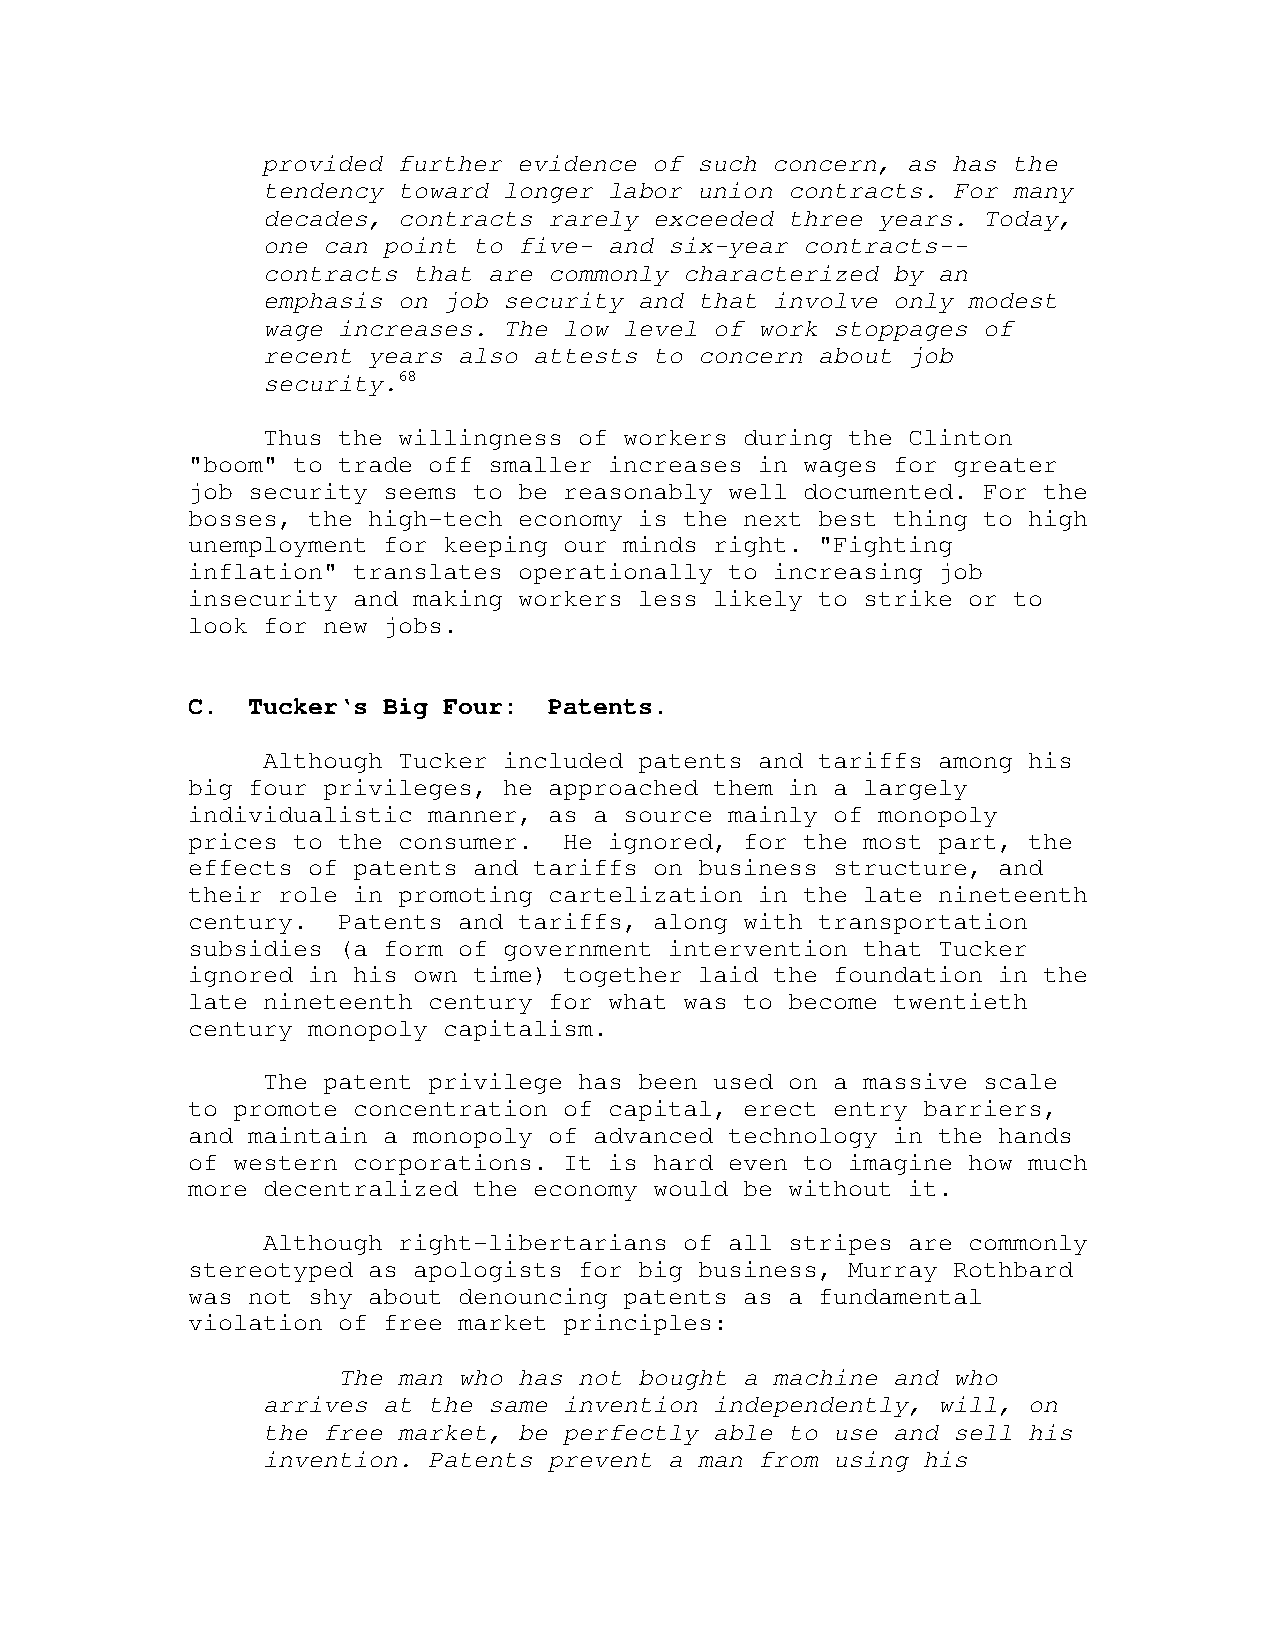
provided further evidence of such concern, as has the
 tendency toward longer labor union contracts. For many
 decades, contracts rarely exceeded three years. Today,
 one can point to five- and six-year contracts--
 contracts that are commonly characterized by an
 emphasis on job security and that involve only modest
 wage increases. The low level of work stoppages of
 recent years also attests to concern about job
 security.68
 Thus the willingness of workers during the Clinton
 "boom" to trade off smaller increases in wages for greater
 job security seems to be reasonably well documented. For the
 bosses, the high-tech economy is the next best thing to high
 unemployment for keeping our minds right. "Fighting
 inflation" translates operationally to increasing job
 insecurity and making workers less likely to strike or to
 look for new jobs.
 C.  Tucker‘s Big Four:  Patents.
 Although Tucker included patents and tariffs among his
 big four privileges, he approached them in a largely
 individualistic manner, as a source mainly of monopoly
 prices to the consumer.  He ignored, for the most part, the
 effects of patents and tariffs on business structure, and
 their role in promoting cartelization in the late nineteenth
 century.  Patents and tariffs, along with transportation
 subsidies (a form of government intervention that Tucker
 ignored in his own time) together laid the foundation in the
 late nineteenth century for what was to become twentieth
 century monopoly capitalism.
 The patent privilege has been used on a massive scale
 to promote concentration of capital, erect entry barriers,
 and maintain a monopoly of advanced technology in the hands
 of western corporations. It is hard even to imagine how much
 more decentralized the economy would be without it.
 Although right-libertarians of all stripes are commonly
 stereotyped as apologists for big business, Murray Rothbard
 was not shy about denouncing patents as a fundamental
 violation of free market principles:
 The man who has not bought a machine and who
 arrives at the same invention independently, will, on
 the free market, be perfectly able to use and sell his
 invention. Patents prevent a man from using his